Lunatic asylums Punjab 1911-1921 - 1911-1921
Year: 1911
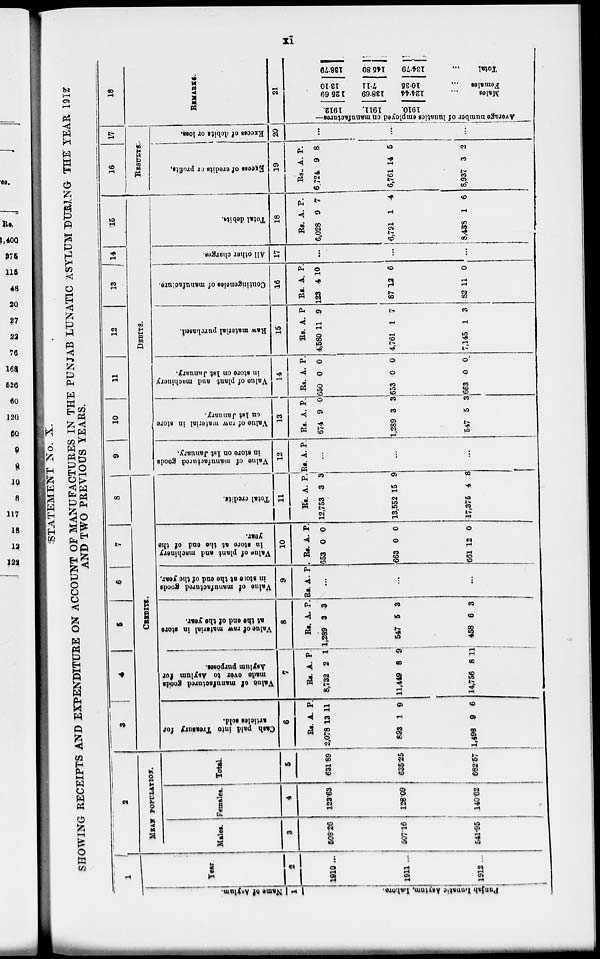
xi
STATEMENT No. X.
SHOWING RECEIPTS AND EXPENDITURE ON ACCOUNT OF MANUFACTURES IN THE PUNJAB LUNATIC ASYLUM DURING THE YEAR 1912
AND TWO PREVIOUS YEARS.
1
Name of Asylum.
1
Punjab Lunatic Asylum,
Lahore.
YEAR
2
1910 ...
1911 ...
1912 ...
2
MEAN POPULATION.
Males.
3
508.26
507.16
541.95
Females.
4
123.63
128.09
140.62
Total.
5
631.89
635.25
682.57
3
4
5
6 7
8
CREDITS.
Cash paid into Treasury for
articles sold.
6
Rs.
2,078
893
1,498
A.
13
1
9
P.
11
9
6
Value
of manufactured goods
made over to Asylum for
Asylum purposes.
7
Rs.
8,732
11,449
14,756
A.
2
8
8
P.
1
9
1 1
Value of raw material in store
at the end of the year.
8
Rs.
1,289
547
458
A.
3
5
6
P.
3
3
3
Value of manufactured goods
in store
at the end of the year.
9
Rs. A. P.
...
...
...
Value of plant and machinery
in store at the end of the
year.
10
Rs.
653
663
661
A.
0
0
12
P.
0
0
0
Total credits.
11
Rs.
12,753
13,552
17,375
A.
3
15
4
P.
3
9
8
9
10
11
12
13
14
15
DEBITS.
Value of manufactured goods
in store on 1st January.
12
Rs.
A. P.
...
...
...
Value of raw material in store
on
1st January.
13
Rs.
674
1,289
547
A.
9
3
5
P.
0
3
3
Value of plant and machinery
in store on 1st January.
14
Rs.
650
653
663
A.
0
0
0
P.
0
0
0
Raw
material purchased.
15
Rs.
4,580
4,761
7,145
A.
11
1
1
P.
9
7
3
Contingencies of manufacture.
16
Rs.
123
87
82
A.
4
12
11
P.
10
6
0
All other charges.
17
...
...
...
Total debits.
18
Rs.
6,028
6,791
8,438
A.
9
1
1
P.
7
4
6
16
17
RESULTS.
Excess
of credits or profits.
19
Rs.
6,724
6,761
8,937
A.
9
14
3
P.
8
5
2
Excess of debits or loss.
20
...
...
...
18
REMARKS.
21
Average number of lunatics employed on manufactures—
1912.
1911.
1910.
125.69
138.69
124.44
Males ...
13.10
7.11
10.35
Females ...
138.79
145.80
134.79
Total ...